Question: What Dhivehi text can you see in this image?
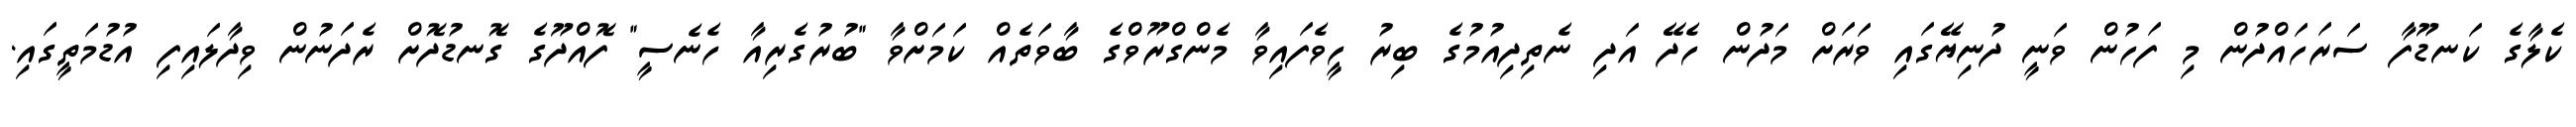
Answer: ކެލާގެ ކަނޑޫފާ ސަރަހައްދުން މި ފަހުން ވަނީ ދުނިޔޭގައި ވަރަށް މަދުން ހެދޭ އަދި ނެތިދިއުމުގެ ބިރު ހީވެފައިވާ މެންގްރޫވްގެ ބާވަތެއް ކަމަށްވާ "ބުރުގެރިއާ ހެނެސީ" ފޮއްދޫގެ ގޮނޑުދޮށް ރެދަނުން ވިދާލައިފި އުޑުމަތީގައި.